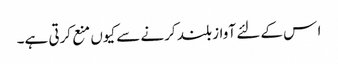
ا س کے لئے آواز بلند کرنے سے کیوں منع کرتی ہے۔